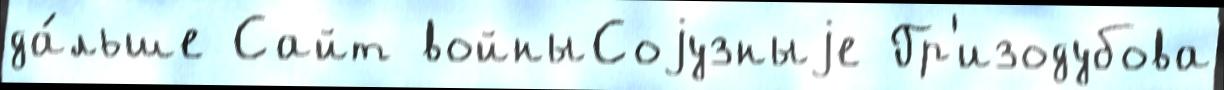
да́льше Сайт войныСоjузныjе Гр'изодубова